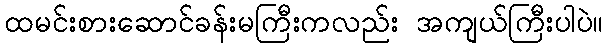
ထမင်းစားဆောင်ခန်းမကြီးကလည်း အကျယ်ကြီးပါပဲ။